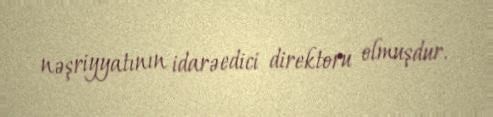
nəşriyyatının idarəedici direktoru olmuşdur.